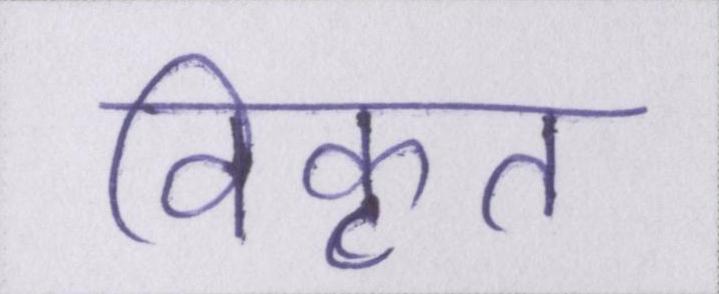
विकृत